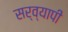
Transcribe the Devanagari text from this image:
सर्व्यापी